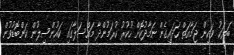
ބަޔަކު ވަކިން ޖަމާއަތް ހަދައިގެން ނަމާދުކޮށް ހުކުރު ކުރަމުންދާ މައްސަލާގައި ކައުންސިލުން ކަންބޮޑުވުން